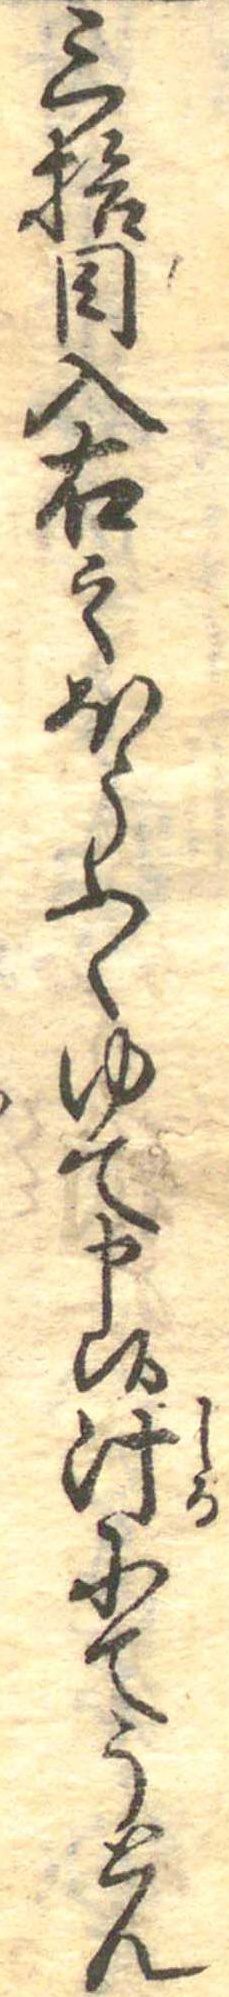
三拾目入右之ほうふくゆて申候汁にてうとん